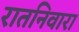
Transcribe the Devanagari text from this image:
रातनिवारा